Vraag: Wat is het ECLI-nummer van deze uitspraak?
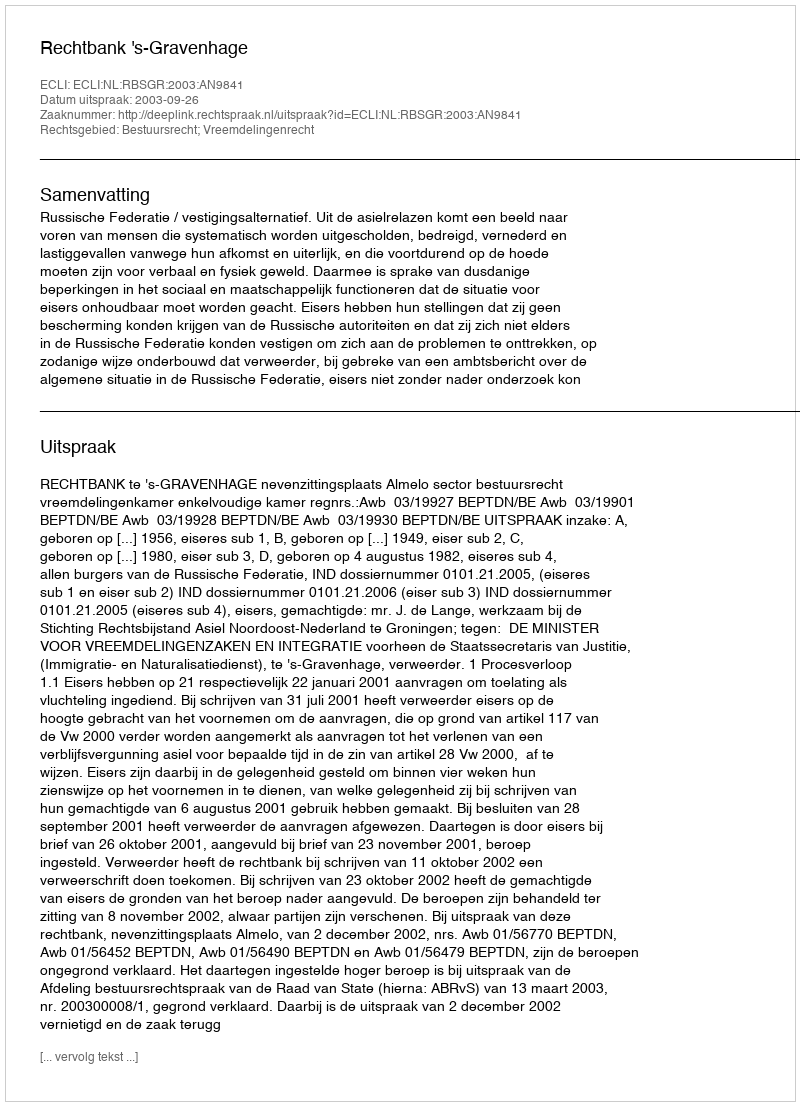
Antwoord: ECLI:NL:RBSGR:2003:AN9841